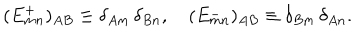
( E _ { m n } ^ { + } ) _ { A B } \equiv \delta _ { A m } \, \delta _ { B n } , \quad ( E _ { m n } ^ { - } ) _ { A B } \equiv \delta _ { B m } \, \delta _ { A n } .